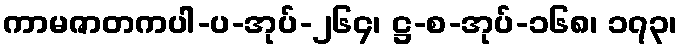
ကာမဇာတကပါ-ပ-အုပ်-၂၆၄၊ ဋ္ဌ-စ-အုပ်-၁၆၈၊ ၁၇၃၊